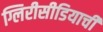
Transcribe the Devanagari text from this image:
ग्लिरीसीडियाची